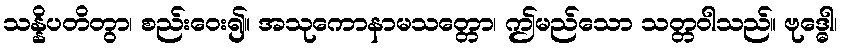
သန္နိပတိတွာ၊ စည်းဝေး၍။ အသုကောနာမသတ္တော၊ ဤမည်သော သတ္တဝါသည်။ ဗုဒ္ဓေါ၊